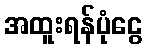
အထူးရန်ပုံငွေ